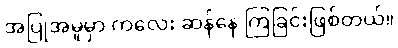
အပြုအမူမှာ ကလေး ဆန်နေ ကြခြင်းဖြစ်တယ်။